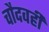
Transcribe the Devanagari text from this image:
चौदवहीं